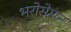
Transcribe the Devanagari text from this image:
भरोसेमन